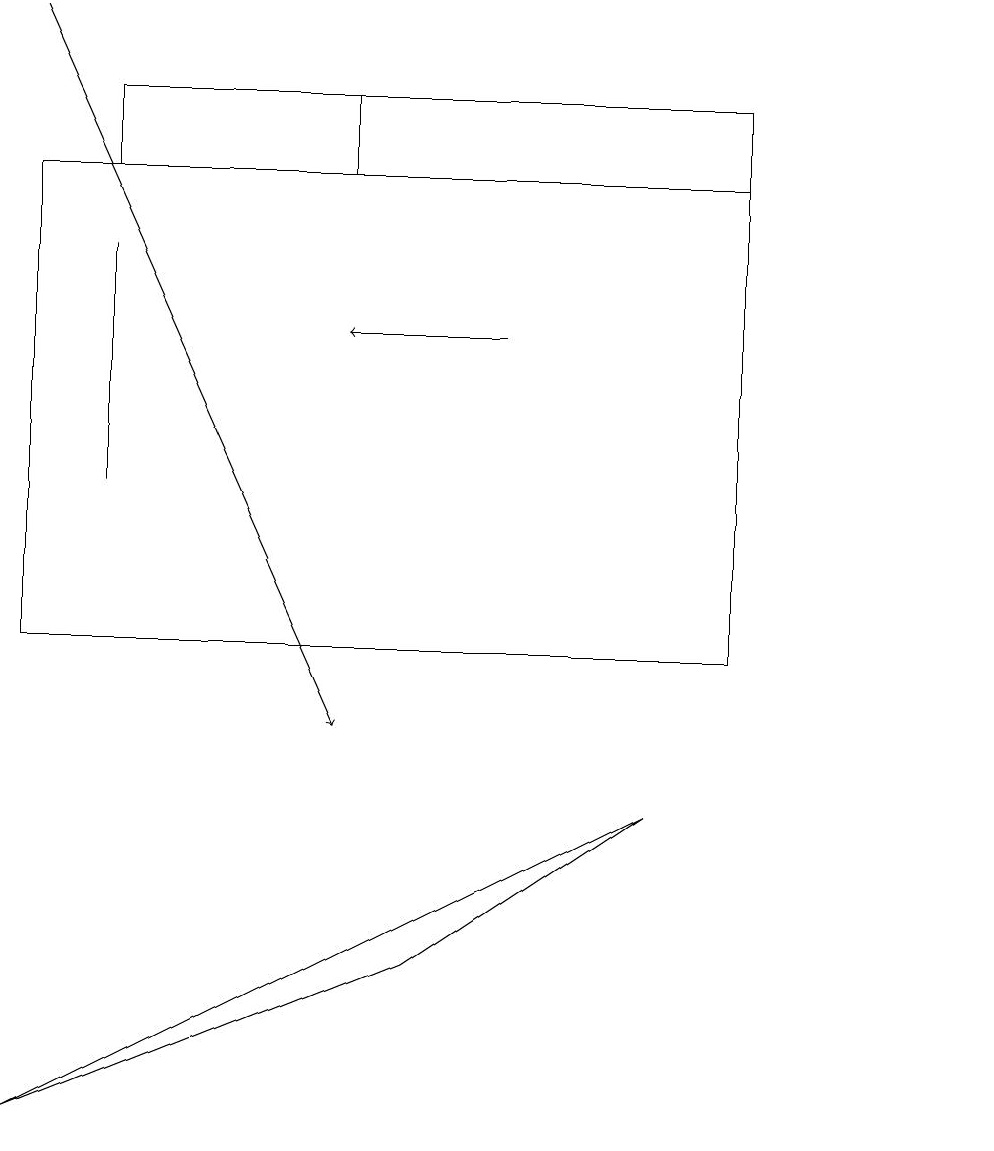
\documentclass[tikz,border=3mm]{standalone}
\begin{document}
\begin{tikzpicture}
\draw (12,11) circle (0);
\draw[->] (0,19) -- (4,10);
\draw[->] (6,15) -- (4,15);
\draw (9,11) rectangle (0,17);
\draw (9,17) rectangle (4,18);
\draw (1,16) rectangle (1,13);
\draw (9,18) rectangle (1,17);
\draw (5,7) -- (0,5) -- (8,9) -- cycle;
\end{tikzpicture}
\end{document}